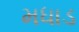
મધાડ